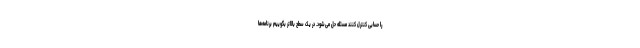
را حسابی کنترل کنند مسئله حل می‌شود. در یک سطح بالاتر بگوییم برنامه‌ها